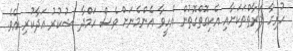
ހުރިހާ ފަރާތްތަކަށާއި އެކިގޮތްގޮތުން އެހީވާ އެންމެނަށް ވެސް ހަމްދާ ޝުކުރު އަދާކުރި އެވެ.